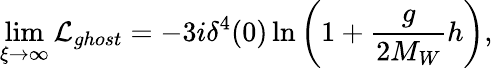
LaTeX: \operatorname*{lim}_{\xi\to\infty}{\cal L}_{ghost}=-3i\delta^{4}(0)\ln\left(1+\frac{g}{2M_{W}}h\right),